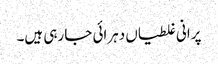
پرانی غلطیاں دہرائی جا رہی ہیں۔